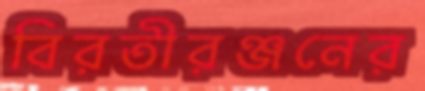
বিরতীরঞ্জনের